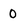
Character: 0